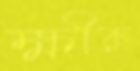
ক্ষীরু